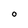
Character: O